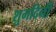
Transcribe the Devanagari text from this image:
शुभदिनीं